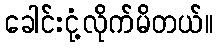
ခေါင်းငုံ့လိုက်မိတယ်။